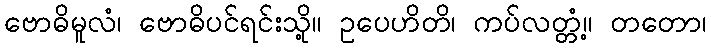
ဗောဓိမူလံ၊ ဗောဓိပင်ရင်းသို့။ ဥပေဟိတိ၊ ကပ်လတ္တံ့။ တတော၊